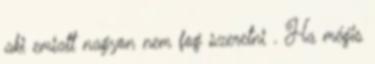
aki emiatt nagyon nem fog szeretni . Ha mégis